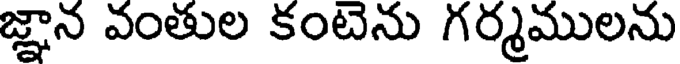
జ్ఞాన వంతుల కంటెను గర్మములను